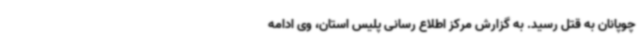
چوپانان به قتل رسید. به گزارش مرکز اطلاع رسانی پلیس استان، وی ادامه